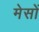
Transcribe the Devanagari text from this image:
मेसों